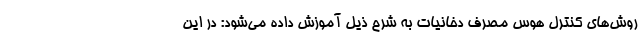
روش‌های کنترل هوس مصرف دخانیات به شرح ذیل آموزش داده می‌شود: در این